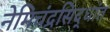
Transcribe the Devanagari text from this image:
नेमिचंद्रसिद्धांत